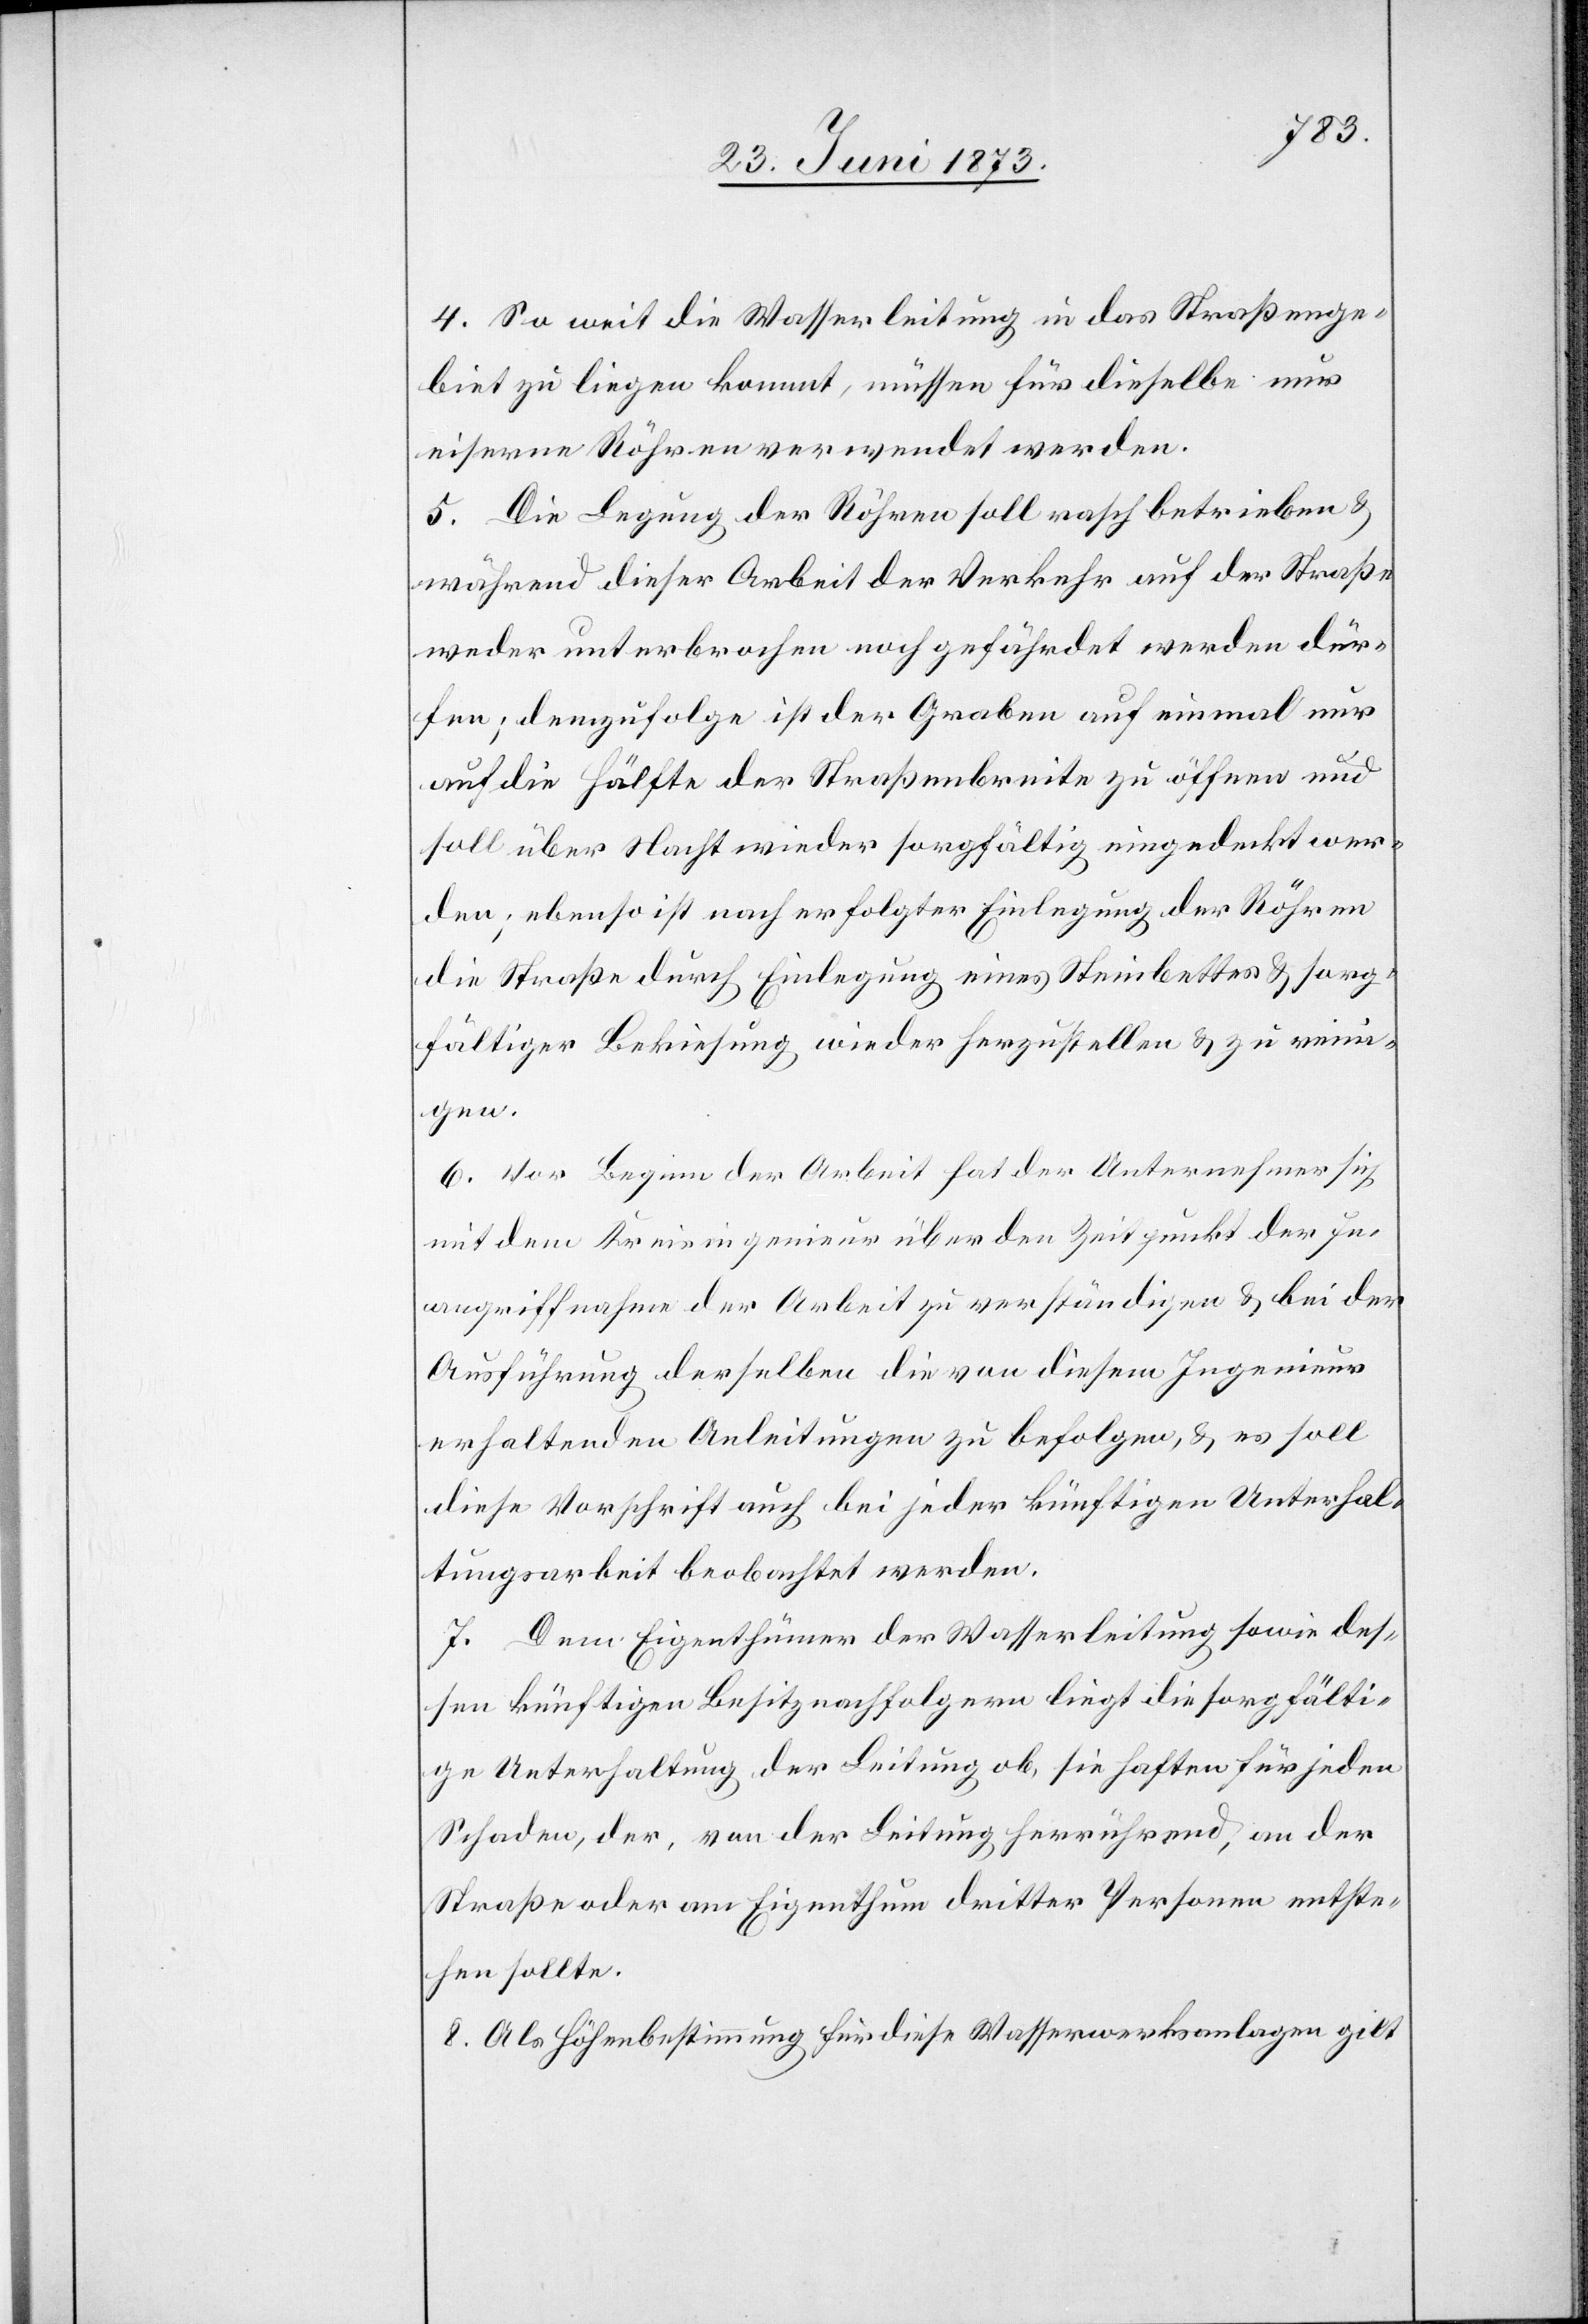
4. So weit die Wasserleitung in das Straßenge¬
biet zu liegen kommt, müssen für dieselbe nur
eiserne Röhren verwendet werden.
5. Die Legung der Röhren soll rasch betrieben &
während dieser Arbeit der Verkehr auf der Straße
weder unterbrochen noch gefährdet werden dür¬
fen; demzufolge ist der Graben auf einmal nur
auf die Hälfte der Straßenbreite zu öffnen und
soll über Nacht wieder sorgfältig eingedeckt wer¬
den; ebenso ist nach erfolgter Einlegung der Röhren
die Straße durch Einlegung eines Steinbettes & sorg¬
fältiger [sic!] Bekiesung wieder herzustellen & zu reini¬
gen.
6. Vor Beginn der Arbeit hat der Unternehmer sich
mit dem Kreisingenieur über den Zeitpunkt der In¬
angriffnahme der Arbeit zu verständigen & bei der
Ausführung derselben die von diesem Ingenieur
erhaltenden Anleitungen zu befolgen, & es soll
diese Vorschrift auch bei jeder künftigen Unterhal¬
tungsarbeit beobachtet werden.
7. Dem Eigenthümer der Wasserleitung sowie des¬
sen künftigen Besitznachfolgern liegt die sorgfälti¬
ge Unterhaltung der Leitung ob, sie haften für jeden
Schaden, der, von der Leitung herrührend, an der
Straße oder am Eigenthum dritter Personen entste¬
hen sollte.
8. Als Höhenbestimmung für diese Wasserwerksanlagen gilt